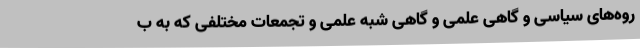
روه‌های سیاسی و گاهی علمی و گاهی شبه علمی و تجمعات مختلفی که به ب